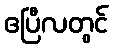
ဧပြီလတွင်